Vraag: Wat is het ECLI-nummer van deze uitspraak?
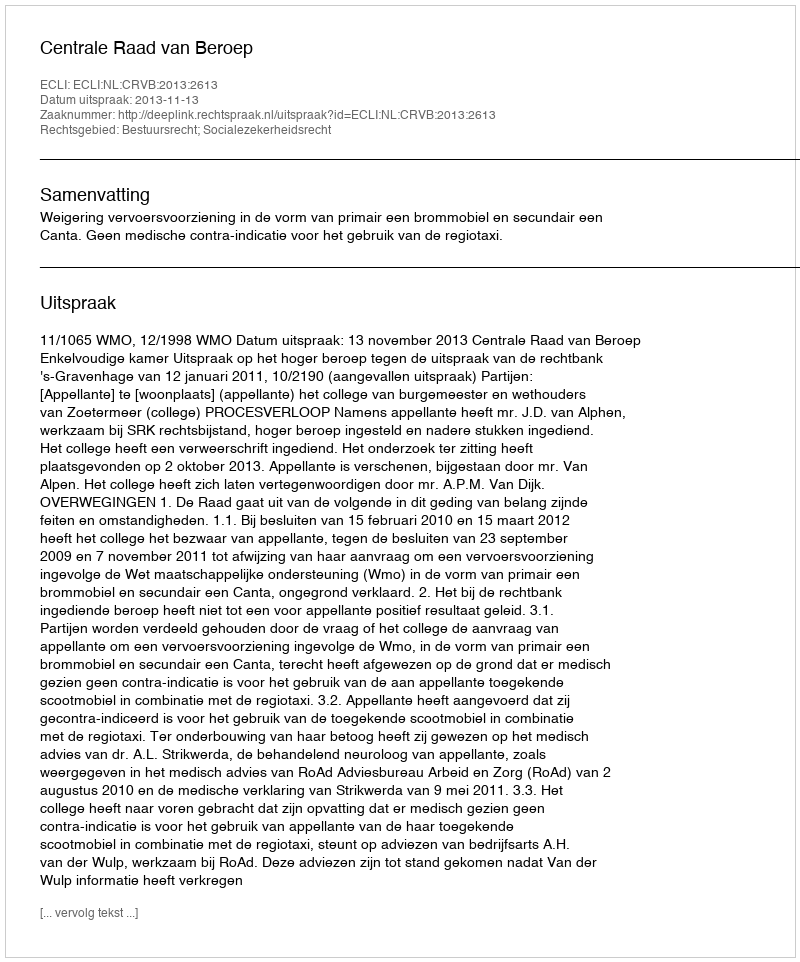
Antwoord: ECLI:NL:CRVB:2013:2613